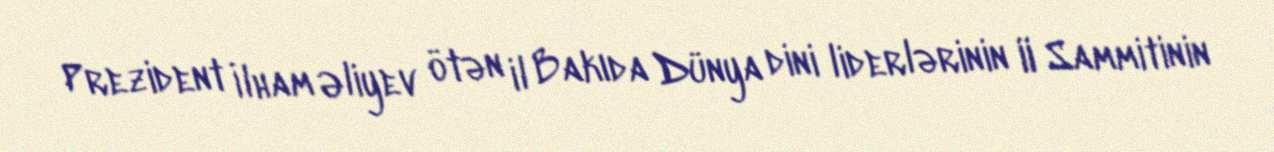
Prezident İlham Əliyev ötən il Bakıda Dünya dini liderlərinin II Sammitinin